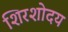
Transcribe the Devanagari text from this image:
शिरशोदय